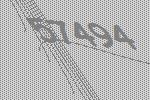
57494